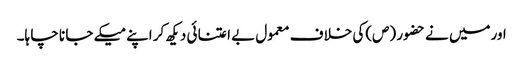
اورمیں نے حضو ر (ص)کی خلا ف معمول بے اعتنا ئی دیکھ کر اپنے میکے جا نا چا ہا۔